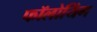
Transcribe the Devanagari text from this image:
फॉलोयिंग